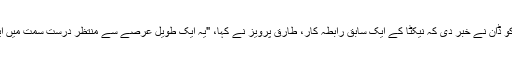
26 ستمبر کو ڈان نے خبر دی کہ نیکٹا کے ایک سابق رابطۂ کار، طارق پرویز نے کہا، "یہ ایک طویل عرصے سے منتظر درست سمت میں ایک قدم ہے۔